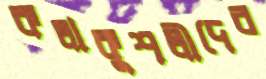
কলাকুশলীদের